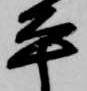
平